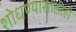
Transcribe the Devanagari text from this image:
शोधण्यासाठीही